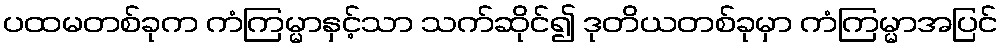
ပထမတစ်ခုက ကံကြမ္မာနှင့်သာ သက်ဆိုင်၍ ဒုတိယတစ်ခုမှာ ကံကြမ္မာအပြင်